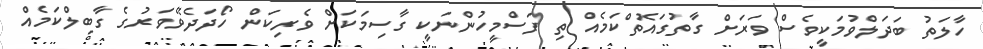
ހާލަތު ބަދަލްވުމަކީވެސް ވަރަށް ގާތުގައޮތްކަމެއް ތި ފަސްމީހުންނަކީ ގާސިމަކަށް ވެރިކަން ހޯދަދެވޭވަރުގެ ގާބިލްކަމެއް